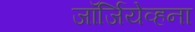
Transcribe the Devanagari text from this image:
जॉर्जियेव्हना